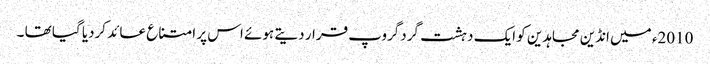
2010ء میں انڈین مجاہدین کو ایک دہشت گردگروپ قرار دیتے ہوئے اس پر امتناع عائد کردیا گیا تھا ۔